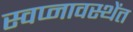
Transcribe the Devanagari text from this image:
स्वप्नावस्थेंत